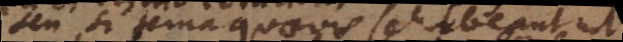
seu si terna quaevis se habeant ut